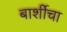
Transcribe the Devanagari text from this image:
बार्शीचा